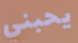
يحبني